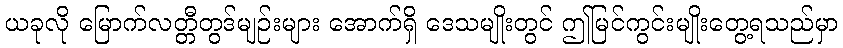
ယခုလို မြောက်လတ္တီတွဒ်မျဉ်းများ အောက်ရှိ ဒေသမျိုးတွင် ဤမြင်ကွင်းမျိုးတွေ့ရသည်မှာ